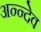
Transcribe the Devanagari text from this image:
अन्न्देव